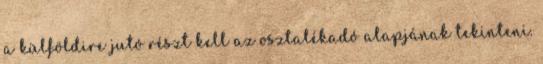
a külföldire jutó részt kell az osztalékadó alapjának tekinteni.